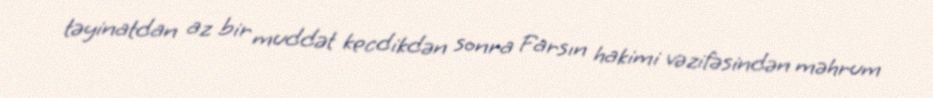
təyinatdan az bir muddət kecdikdən sonra Farsın hakimi vəzifəsindən məhrum